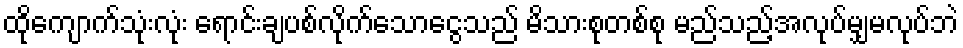
ထိုကျောက်သုံးလုံး ရောင်းချပစ်လိုက်သောငွေသည် မိသားစုတစ်စု မည်သည့်အလုပ်မျှမလုပ်ဘဲ